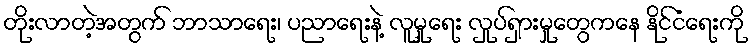
တိုးလာတဲ့အတွက် ဘာသာရေး၊ ပညာရေးနဲ့ လူမှုရေး လှုပ်ရှားမှုတွေကနေ နိုင်ငံရေးကို